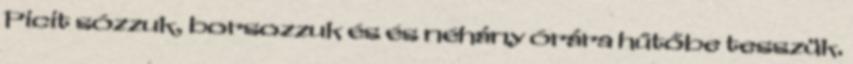
Picit sózzuk, borsozzuk és és néhány órára hűtőbe tesszük.